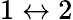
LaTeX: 1\leftrightarrow 2